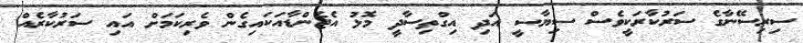
ސިރިސޭނާގެ ސަރުކާރަކީވެސް ސިޔާސީ އަދި އިގްތިސާދީ މޮޅު އެޖެންޑާއަކައިގެން ވެރިކަމަށް އައި ސަރުކާރެއް